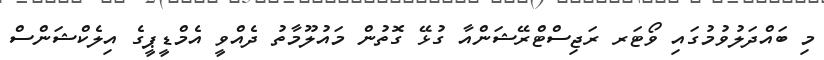
މި ބައްދަލުވުމުގައި ވޯޓަރ ރަޖިސްޓްރޭޝަންއާ ގުޅޭ ގޮތުން މައުލޫމާތު ދެއްވީ އެމްޑީޕީގެ އިލެކްޝަންސް